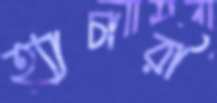
হ্যাচারী